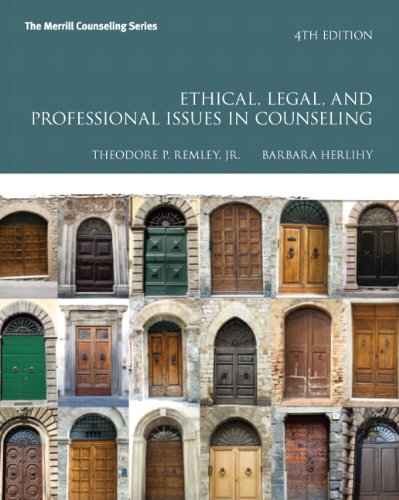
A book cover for Ethical, Legal, and Professional Issues in Counseling (4th Edition) (Merrill Counseling); Theodore P. Remley Jr.; Business & Money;